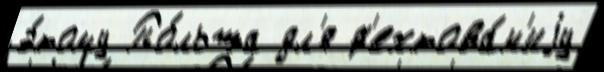
э́тому По́льша дл'я ф'ехтова́н'иjу